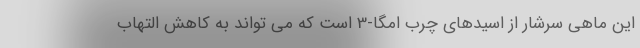
این ماهی سرشار از اسیدهای چرب امگا-3 است که می تواند به کاهش التهاب